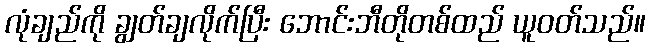
လုံချည်ကို ချွတ်ချလိုက်ပြီး ဘောင်းဘီတိုတစ်ထည် ယူဝတ်သည်။